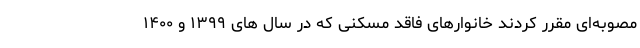
مصوبه‌ای مقرر کردند خانوارهای فاقد مسکنی که در سال های ۱۳۹۹ و ۱۴۰۰